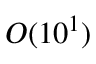
O ( 1 0 ^ { 1 } )